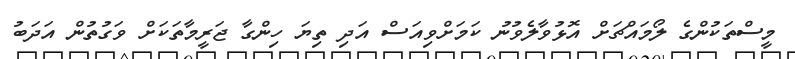
މީސްތަކުންގެ ލޯމައްޗަށް އޮޅުވާލެވުނު ކަމަށްވިއަސް އަދި ތިޔަ ހިންގާ ޖަރީމާތަކަށް ވަގުތުން އަދަބު